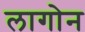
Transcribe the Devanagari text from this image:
लागोन